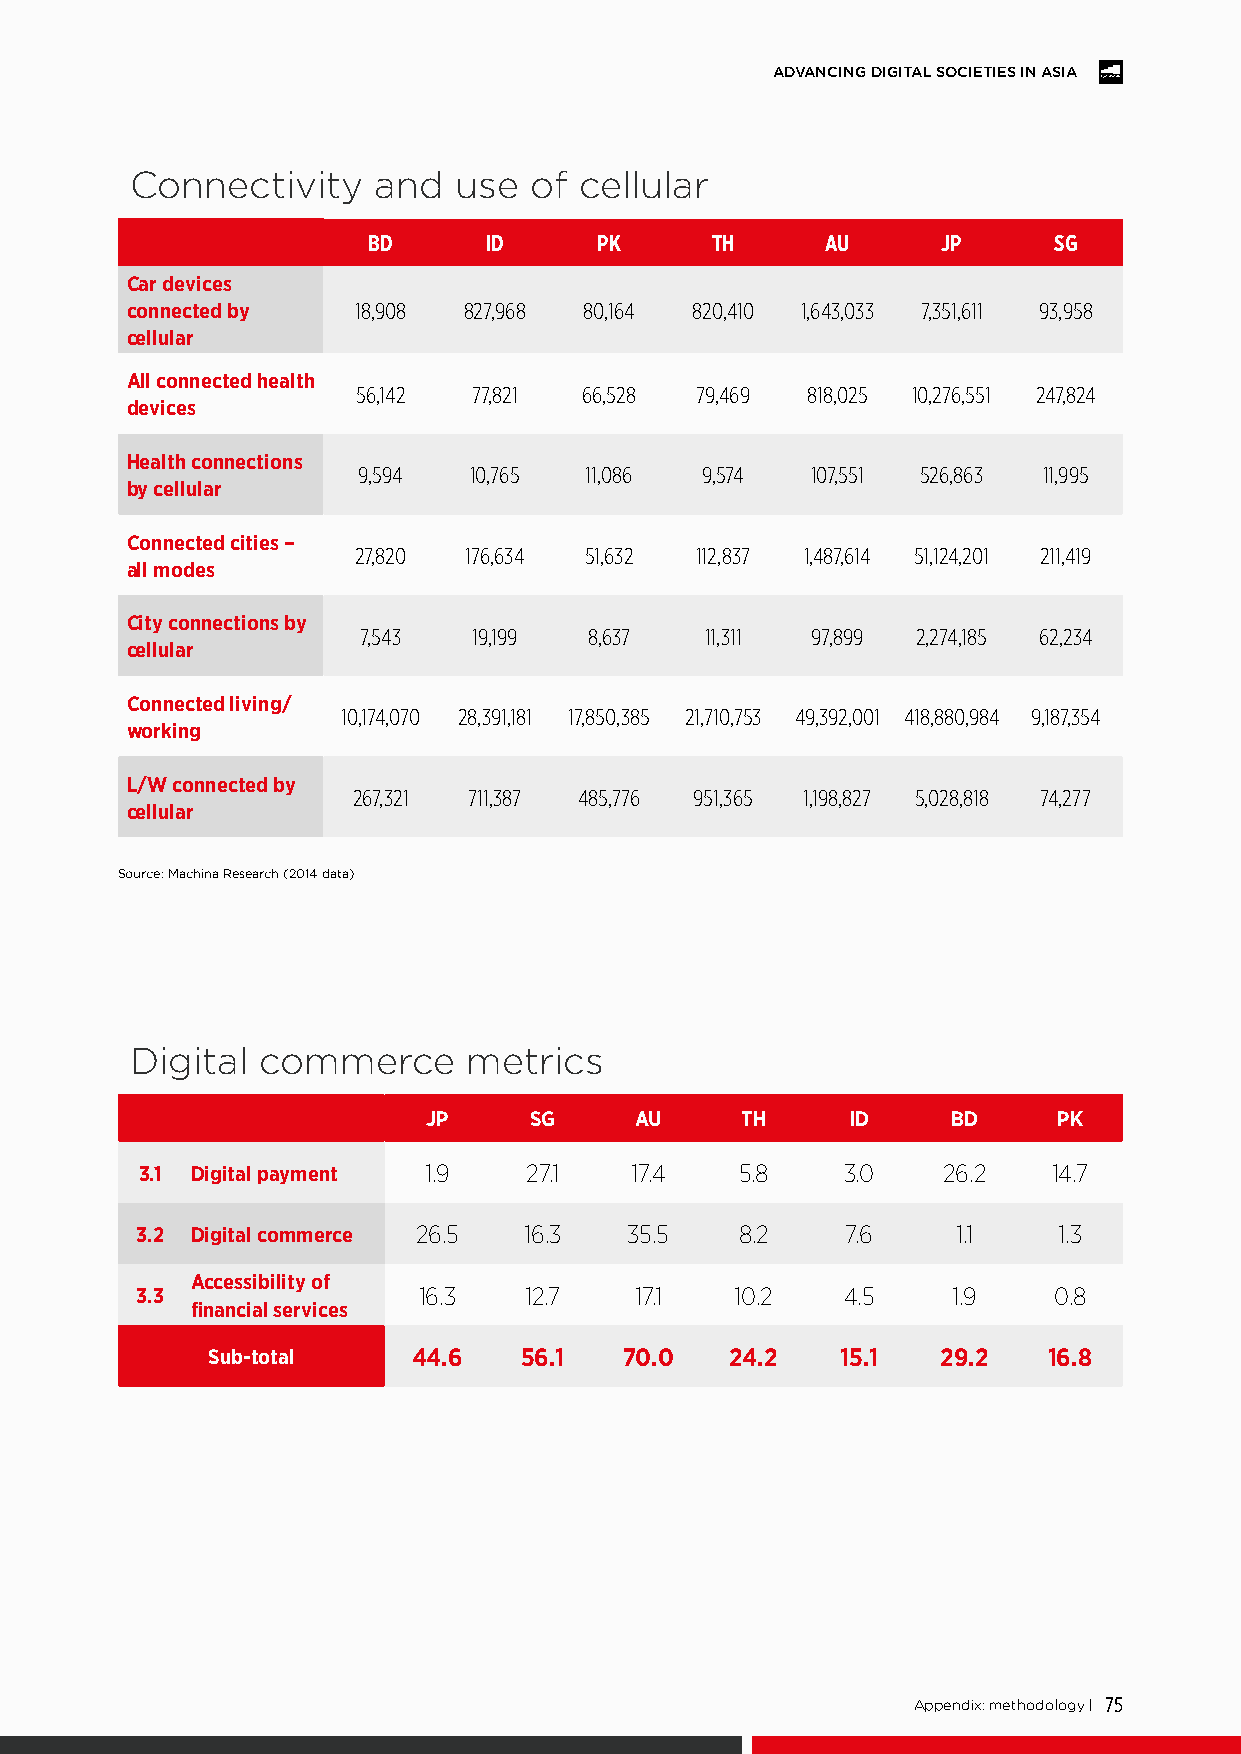
ADVANCING DIGITAL SOCIETIES IN ASIA
 Connectivity    and  use  of cellular
 BD      ID      PK     TH      AU     JP      SG
 Car devices
 connected by   18,908  827,968 80,164 820,410 1,643,033 7,351,611 93,958
 cellular
 All connected health
 56,142 77,821  66,528 79,469 818,025 10,276,551 247,824
 devices
 Health connections
 9,594  10,765  11,086 9,574   107,551 526,863 11,995
 by cellular
 Connected cities –
 27,820  176,634 51,632 112,837 1,487,614 51,124,201 211,419
 all modes
 City connections by
 7,543  19,199  8,637   11,311 97,899 2,274,185 62,234
 cellular
 Connected living/
 10,174,070 28,391,181 17,850,385 21,710,753 49,392,001 418,880,984 9,187,354
 working
 L/W connected by
 267,321 711,387 485,776 951,365 1,198,827 5,028,818 74,277
 cellular
 Source: Machina Research (2014 data)
 Digital commerce      metrics
 JP     SG     AU     TH     ID     BD     PK
 3.1 Digital payment 1.9   27.1   17.4   5.8    3.0   26.2    14.7
 3.2 Digital commerce 26.5 16.3   35.5   8.2    7.6    1.1    1.3
 Accessibility of
 3.3                16.3   12.7   17.1   10.2   4.5    1.9    0.8
 financial services
 Sub-total    44.6   56.1   70.0   24.2    15.1  29.2   16.8
 Appendix: methodology | 75